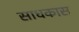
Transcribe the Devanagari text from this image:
साधकास